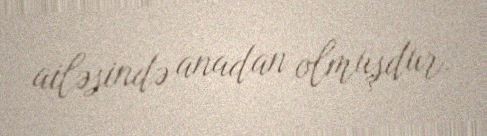
ailəsində anadan olmuşdur.